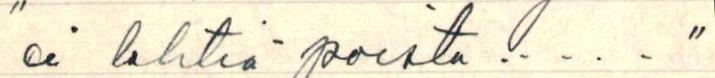
"ei lehtiä poista....."